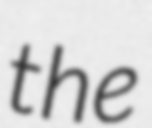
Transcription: the